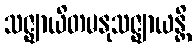
သဇ္ဈာယိတမနုသဇ္ဈာယန္တိ